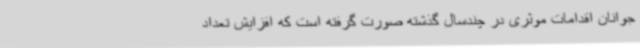
جوانان اقدامات موثری در چندسال گذشته صورت گرفته است که افزایش تعداد